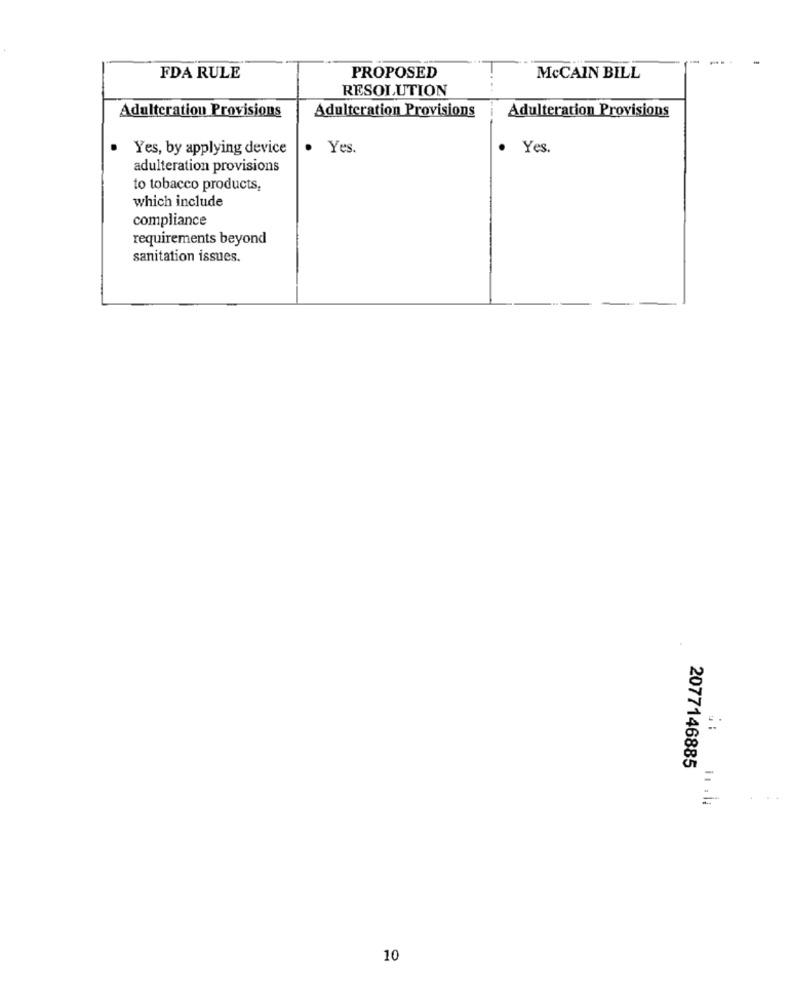
FDA RULE
PROPOSED
McCAIN BILL
RESOLUTION
Adulteration Provisions
Adulteration Provisions
Adulteration Provisions
Yes, by applying device
Yes.
· Yes.
adulteration provisions
to tobacco products,
which include
compliance
requirements beyond
sanitation issues.
2077146885
10